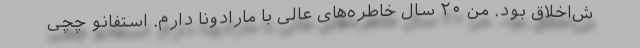
ش‌اخلاق بود. من ۲۰ سال خاطره‌های عالی با مارادونا دارم. استفانو چچی